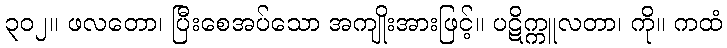
၃၀၂။ ဖလတော၊ ပြီးစေအပ်သော အကျိုးအားဖြင့်။ ပဋိက္ကူလတာ၊ ကို။ ကထံ